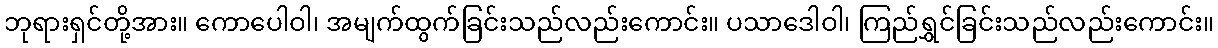
ဘုရားရှင်တို့အား။ ကောပေါဝါ၊ အမျက်ထွက်ခြင်းသည်လည်းကောင်း။ ပသာဒေါဝါ၊ ကြည်ရွှင်ခြင်းသည်လည်းကောင်း။